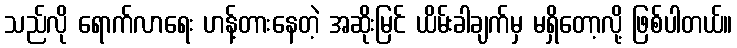
သည်လို ရောက်လာရေး ဟန့်တားနေတဲ့ အဆိုးမြင် ယိမ်းခါချက်မှ မရှိတော့လို့ ဖြစ်ပါတယ်။